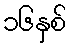
၁၆နှစ်